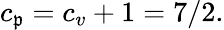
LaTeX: c_{\mathfrak{p}}=c_{v}+1=7/2.